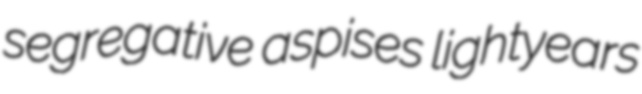
segregative aspises lightyears